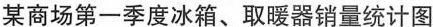
某商场第一季度冰箱、取暖器销量统计图